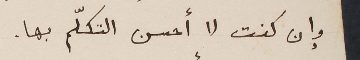
وإن كنت لا أحسن التكلّم بها.